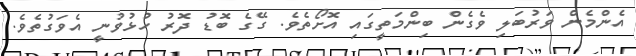
އެންމެން ވަރުބަލި ވެގެން ބިންމަތީގައި އޮށޯތެވެ. ގޭގެ ބޮޑު ދޮރު ހުޅުވުނީ އެވަގުތެވެ.